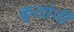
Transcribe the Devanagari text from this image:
क्रूसांची